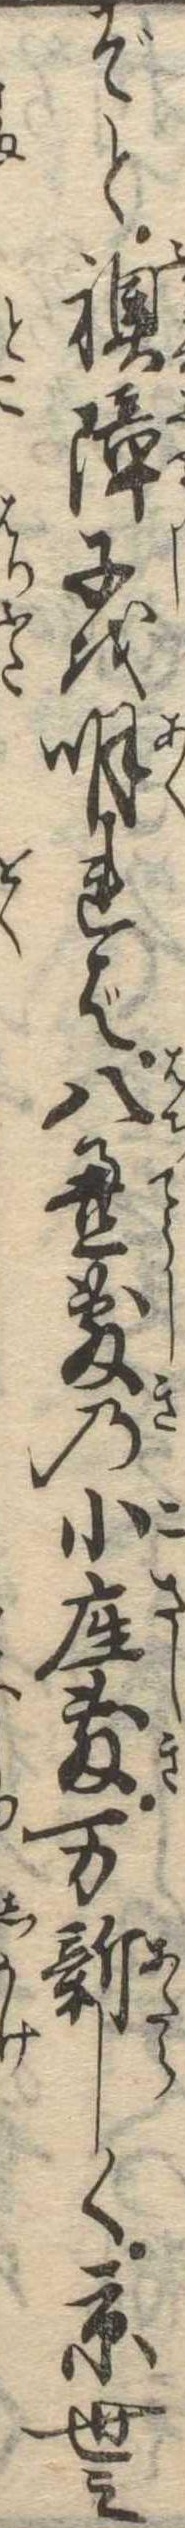
ぞと襖障子を明れば八畳敷の小座敷万新しく京世之